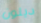
ديلون